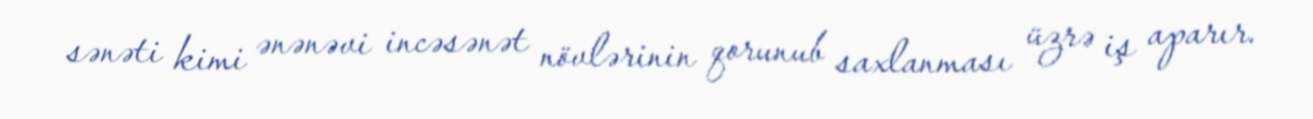
sənəti kimi ənənəvi incəsənət növlərinin qorunub saxlanması üzrə iş aparır.